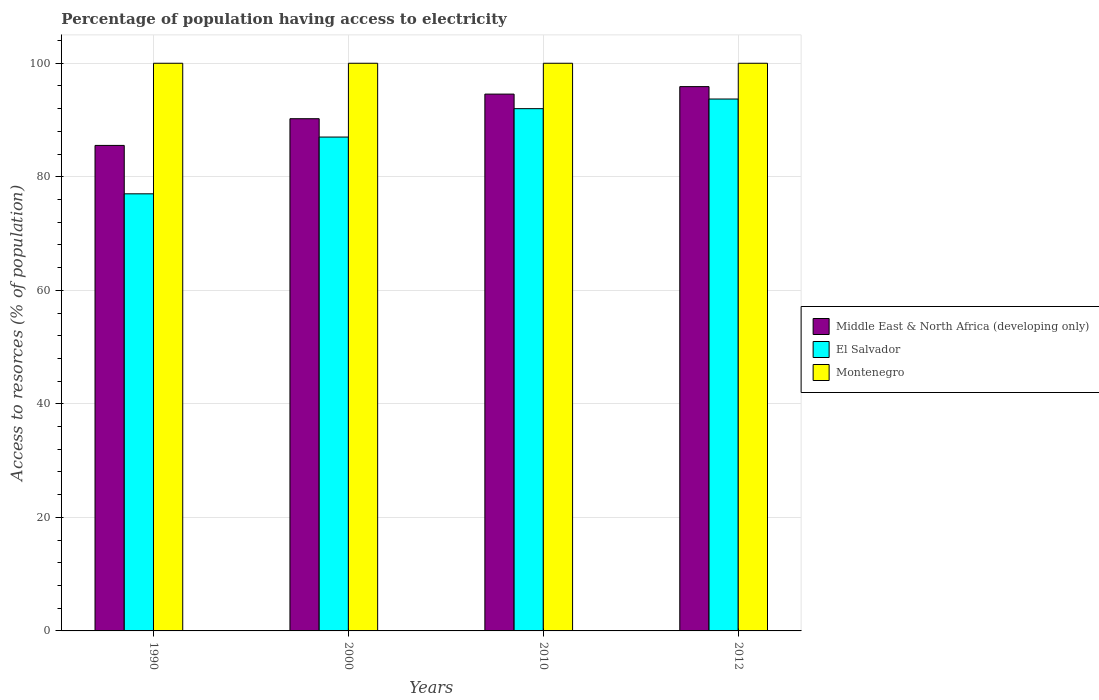
| Years | Middle East & North Africa (developing only) | El Salvador | Montenegro |
 | --- | --- | --- | --- |
 | 1990 | 85.5 | 77 | 100 |
 | 2000 | 90.2 | 87 | 100 |
 | 2010 | 94.6 | 92 | 100 |
 | 2012 | 95.9 | 93.7 | 100 |